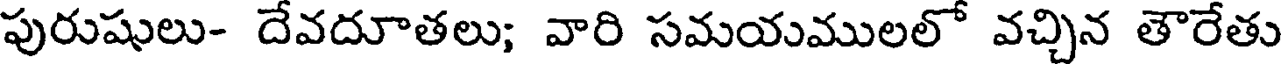
పురుషులు- దేవదూతలు; వారి సమయములలో వచ్చిన తౌరేతు